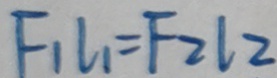
F _ { 1 } l _ { 1 } = F _ { 2 } l 2